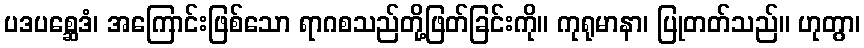
ပဒပစ္ဆေဒံ၊ အကြောင်းဖြစ်သော ရာဂစသည်တို့ဖြတ်ခြင်းကို။ ကုရုမာနာ၊ ပြုတတ်သည်။ ဟုတွာ၊